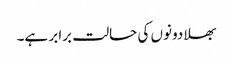
بھلا دونوں کی حالت برابر ہے۔